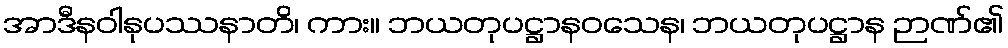
အာဒီနဝါနုပဿနာတိ၊ ကား။ ဘယတုပဋ္ဌာနဝသေန၊ ဘယတုပဋ္ဌာန ဉာဏ်၏